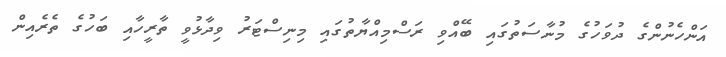
އަންހެނުންގެ ދުވަހުގެ މުނާސަތުގައި ބޭއްވި ރަސްމިއްޔާތުގައި މިނިސްޓަރު ވިދާޅުވީ ތާރީހާއި ބަހުގެ ތެރެއިން